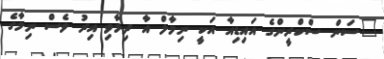
"ސަން ސްކްރީންގެ އައިޑިއާ އަކީ ނިމާލް އާ ދިމާވި އިރު ވެސް ނިމާގެ